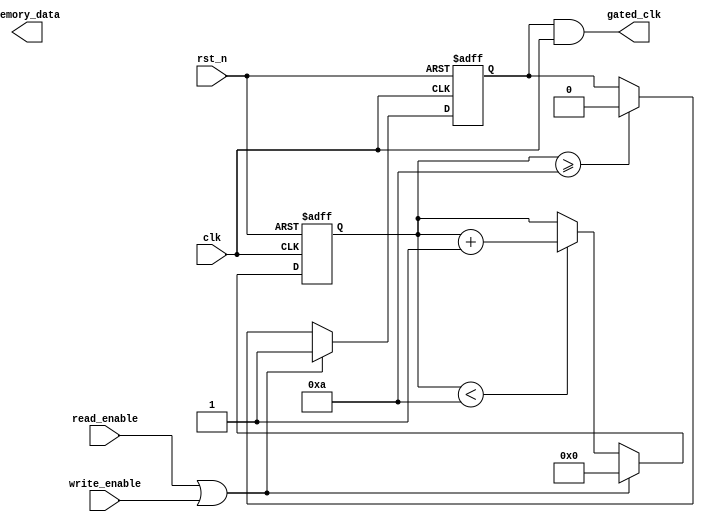
module dynamic_clock_gating(
    input wire clk,                // Main clock signal
    input wire rst_n,              // Active low reset
    input wire read_enable,        // Read operation enable signal
    input wire write_enable,       // Write operation enable signal
    output wire gated_clk,         // Gated clock output for memory block
    output wire [7:0] memory_data  // Memory data output (example width)
);

    // Internal signals
    reg gating_signal;             // Gating signal for clock gating
    reg [3:0] idle_counter;        // Counter to track idle time
    parameter IDLE_THRESHOLD = 4'd10; // Threshold for idle time

    // Gating signal generation logic
    always @(posedge clk or negedge rst_n) begin
        if (!rst_n) begin
            idle_counter <= 4'b0;
            gating_signal <= 1'b0;
        end else begin
            // If there's activity (read or write), reset the idle counter
            if (read_enable || write_enable) begin
                idle_counter <= 4'b0;
                gating_signal <= 1'b1; // Enable clock
            end else begin
                // Increment idle counter if no activity
                if (idle_counter < IDLE_THRESHOLD) begin
                    idle_counter <= idle_counter + 1;
                end
                // Disable clock if idle counter exceeds threshold
                if (idle_counter >= IDLE_THRESHOLD) begin
                    gating_signal <= 1'b0; // Disable clock
                end
            end
        end
    end

    // Clock gating cell using AND gate
    assign gated_clk = gating_signal & clk;

    // Memory block (example)
    reg [7:0] memory [0:255]; // 256 x 8-bit memory
    reg [7:0] data_out;       // Data output register

    // Memory read/write operations
    always @(posedge gated_clk or negedge rst_n) begin
        if (!rst_n) begin
            data_out <= 8'b0;
        end else begin
            if (write_enable) begin
                // Write operation (example)
                memory[0] <= memory_data; // Write to address 0
            end
            if (read_enable) begin
                // Read operation (example)
                data_out <= memory[0]; // Read from address 0
            end
        end
    end

endmodule